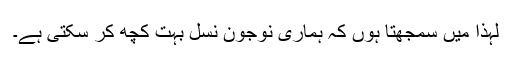
لہذا میں سمجهتا ہوں کہ ہمارى نوجون نسل بہت کچھ کر سکتى ہے۔